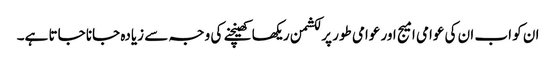
ان کو اب ان کی عوامی امیج اور عوامی طور پر لکشمن ریکھا کھینچنے کی وجہ سے زیادہ جانا جاتا ہے۔